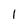
Character: l